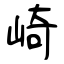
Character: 崎